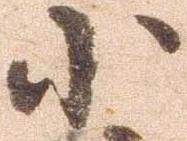
小